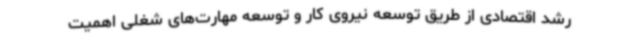
رشد اقتصادی از طریق توسعه نیروی کار و توسعه مهارت‌های شغلی اهمیت